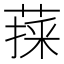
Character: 𦷀